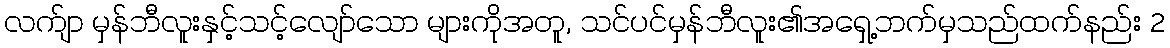
လက်ျာ မှန်ဘီလူးနှင့်သင့်လျော်သော များကိုအတူ, သင်ပင်မှန်ဘီလူး၏အရှေ့ဘက်မှသည်ထက်နည်း 2